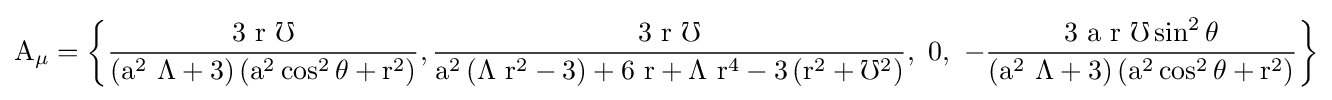
{\rm {A_{\mu }=\left\{{\frac {3\ r\ \mho }{\left(a^{2}\ \Lambda +3\right)\left(a^{2}\cos ^{2}\theta +r^{2}\right)}},{\frac {3\ r\ \mho }{a^{2}\left(\Lambda \ r^{2}-3\right)+6\ r+\Lambda \ r^{4}-3\left(r^{2}+\mho ^{2}\right)}},\ 0,\ -{\frac {3\ a\ r\ \mho \sin ^{2}\theta }{\left(a^{2}\ \Lambda +3\right)\left(a^{2}\cos ^{2}\theta +r^{2}\right)}}\right\}}}